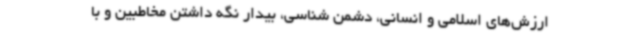
ارزش‌های اسلامی و انسانی، دشمن شناسی، بیدار نگه داشتن مخاطبین و با